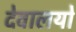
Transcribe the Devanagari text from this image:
देवालयो